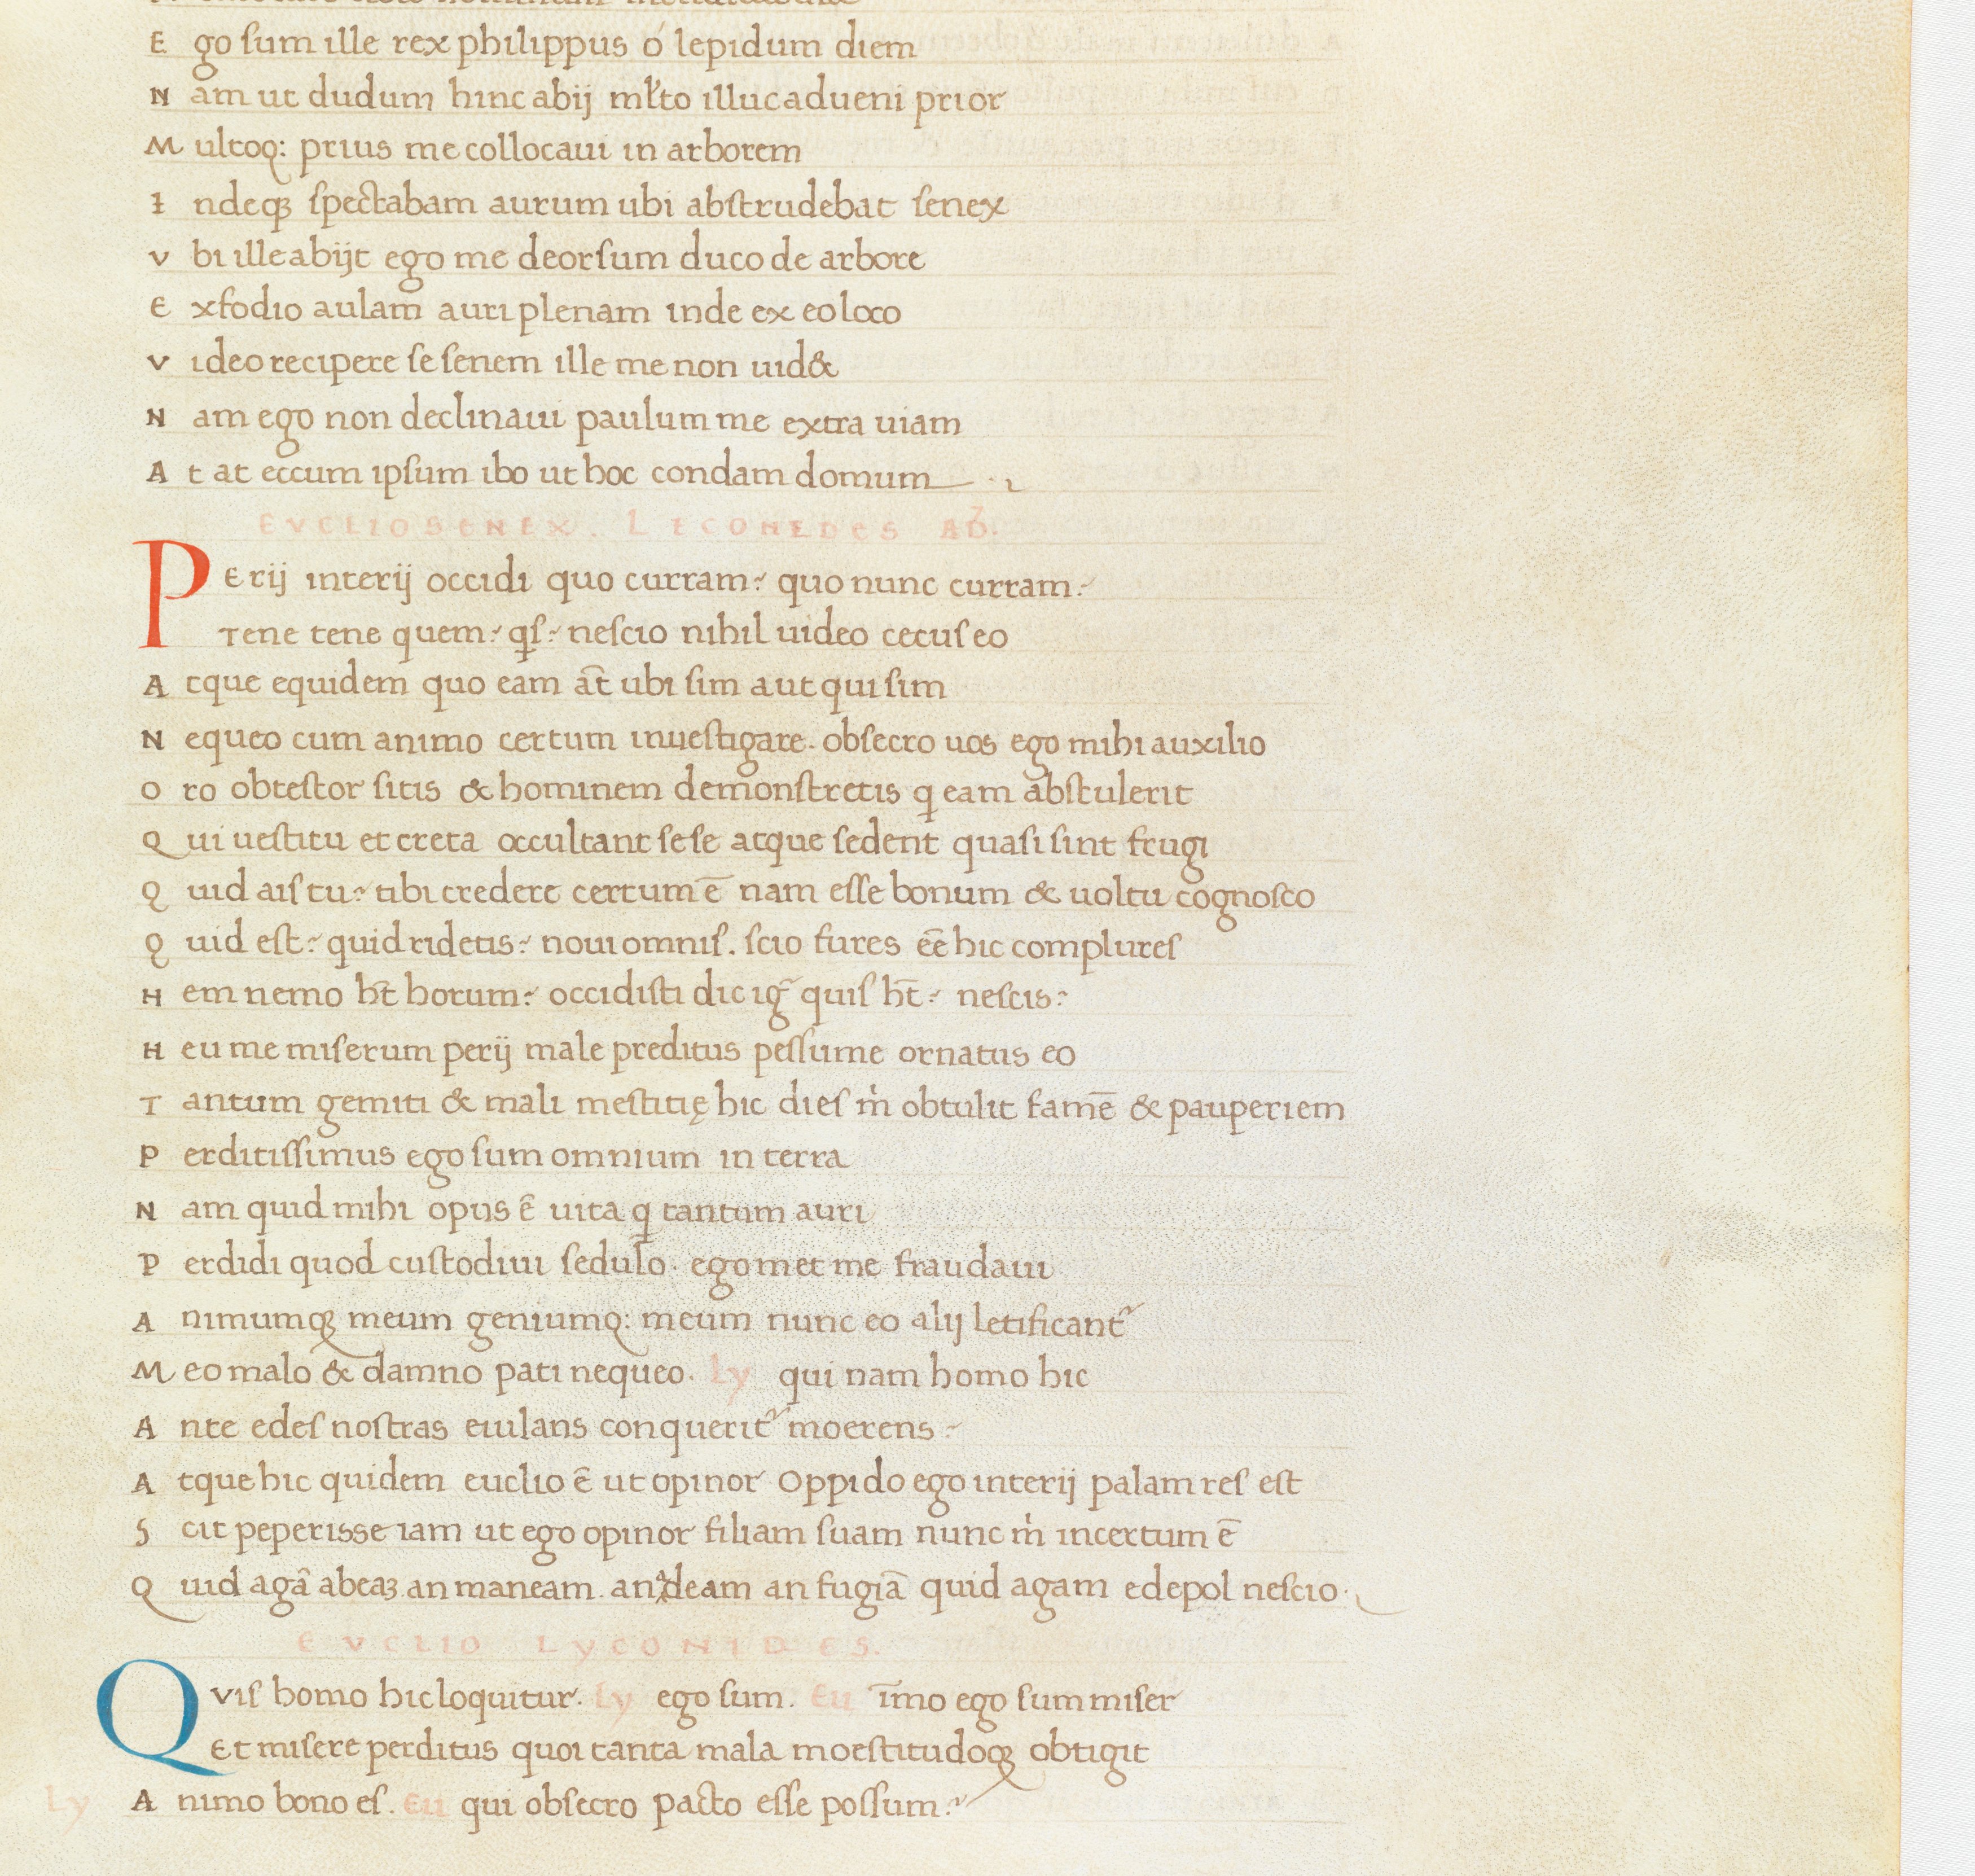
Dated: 1400–1499